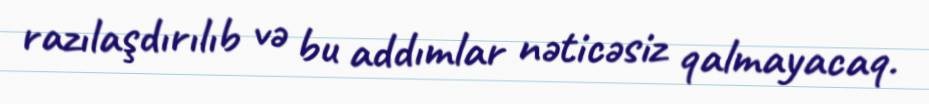
razılaşdırılıb və bu addımlar nəticəsiz qalmayacaq.